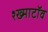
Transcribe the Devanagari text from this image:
श्ख्माटॉव